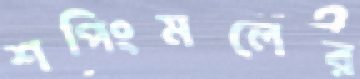
শপিংমলের